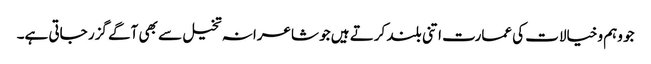
جو وہم وخیالات کی عمارت اتنی بلند کرتے ہیں جو شاعرانہ تخیل سے بھی آگے گزر جاتی ہے۔